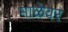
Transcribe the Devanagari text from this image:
माळेवर